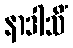
နာဒါသိံ